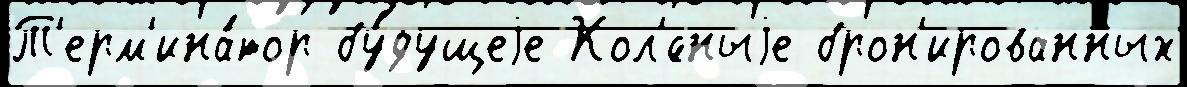
Т'ерм'ина́тор бу́дущеjе Кол'́сныjе брон'ированных